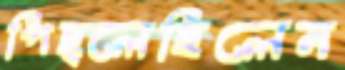
পিছ্‌লেছিলেন